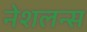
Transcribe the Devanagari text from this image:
नेशलन्स